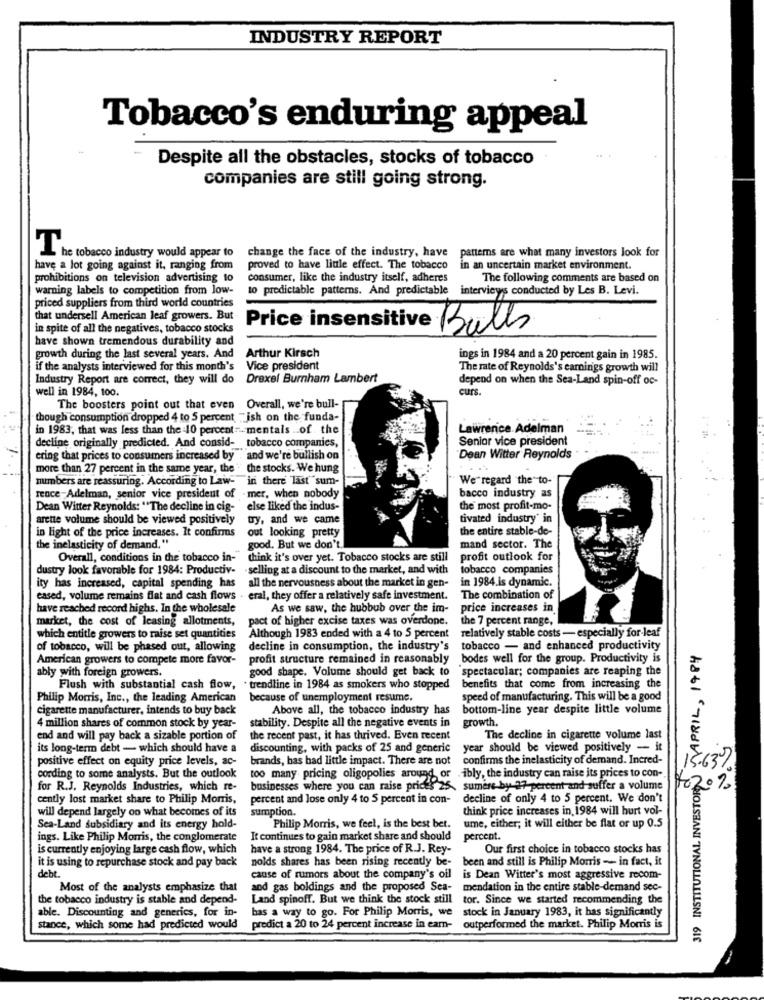
INDUSTRY REPORT
Tobacco's enduring appeal
Despite all the obstacles, stocks of tobacco
companies are still going strong.
patterns are what many investors look for
L he tobacco industry would appear to
change the face of the industry, have
have a lot going against it, ranging from
proved to have little effect. The tobacco
in an uncertain market environment.
prohibitions on television advertising to
consumer, like the industry itself, adheres
The following comments are based on
warning labels to competition from low-
to predictable patterns. And predictable
interviews conducted by Les B. Levi.
priced suppliers from third world countries
that undersell American leaf growers. But
in spite of all the negatives, tobacco stocks
Price insensitive Bulls
have shown tremendous durability and
growth during the last several years. And
Arthur Kirsch
ings in 1984 and a 20 percent gain in 1985.
if the analysts interviewed for this month's
Vice president
The rate of Reynolds's earnings growth will
Industry Report are correct, they will do
Drexel Burnham Lambert
depend on when the Sea-Land spin-off oc-
well in 1984, 100.
curs.
The boosters point out that even Overall, we're bull-
though consumption dropped 4 to 5 percent "ish on the funda-
in 1983, that was less than the -10 percent -.. mentais .. of the
Lawrence. Adelman
decline originally predicted. And consid- tobacco companies,
Senior vice president
ering that prices to consumers increased by . and we're bullish on
Dean Witter Reynolds
more than 27 percent in the same year, the " the stocks. We hung
numbers are reassuring. According to Law-
in there last sum-
We'regard the to-
bacco industry as
rence-Adelman, senior vice president of
mer, when nobody
Dean Witter Reynolds: "The decline in cig-
else liked the indus-
the most profit-mo-
arette volume should be viewed positively
try, and we came
tivated industry' in
in light of the price increases. It confirms
the entire stable-de-
out looking pretty
the inelasticity of demand."
good. But we don't.
mand sector. The
Overall, conditions in the tobacco in-"
think it's over yet. Tobacco stocks are still
profit outlook for
dustry look favorable for 1984: Productiv-
-selling at a discount to the market, and with
tobacco companies
all the nervousness about the market in gen-
in 1984.is dynamic.
ity has increased, capital spending has
eased, volume remains flat and cash flows . eral, they offer a relatively safe investment.
The combination of
have reached record highs. In the wholesale
As we saw, the hubbub over the im-
price increases in
market, the cost of leasing allotments,
pact of higher excise taxes was overdone.
the 7 percent range,
which entitle growers to raise set quantities
Although 1983 ended with a 4 to 5 percent
relatively stable costs - especially for-leaf
of tobacco, will be phased out, allowing
decline in consumption, the industry's
tobacco - and enhanced productivity
JAPRIL, 1984
American growers to compete more favor-
profit structure remained in reasonably bodes well for the group. Productivity is
good shape. Volume should get back to
spectacular; companies are reaping the
ably with foreign growers.
Flush with substantial cash flow,
· trendline in 1984 as smokers who stopped
benefits that come from increasing the
Philip Morris, Inc ., the leading American
because of unemployment resume.
speed of manufacturing. This will be a good
cigarette manufacturer, intends to buy back
Above all, the tobacco industry has
bottom-line year despite little volume
growth.
4 million shares of common stock by year-
stability. Despite all the negative events in
end and will pay back a sizable portion of
the recent past, it has thrived. Even recent
The decline in cigarette volume last
its long-term debt - which should have a
discounting, with packs of 25 and generic
year should be viewed positively - it
319 INSTITUTIONAL INVESTORS
positive effect on equity price levels, ac-
brands, has had little impact. There are not
confirms the inelasticity of demand. Incred-
cording to some analysts. But the outlook
too many pricing oligopolies around or
ibly, the industry can raise its prices to con-
for R.J. Reynolds Industries, which re-
businesses where you can raise prices 25 ,, sumere by 37 percent and suffer a volume
020%
cently lost market share to Philip Morris,
percent and lose only 4 to 5 percent in con-
decline of only 4 to 5 percent. We don't
will depend largely on what becomes of its
sumption.
think price increases in, 1984 will hurt vol-
Sea-Land subsidiary and its energy hold-
Philip Morris, we feel, is the best bet.
ume, either; it will either be flat or up 0.5
ings. Like Philip Morris, the conglomerate
It continues to gain market share and should
percent.
is currently enjoying large cash flow, which
have a strong 1984. The price of R.J. Rey-
Our first choice in tobacco stocks has
it is using to repurchase stock and pay back
been and still is Philip Morris - in fact, it
deb .
nolds shares has been rising recently be-
cause of rumors about the company's ofl
is Dean Witter's most aggressive recom-
Most of the analysts emphasize that
and gas boldings and the proposed Sea-
mendation in the entire stable-demand sec-
the tobacco industry is stable and depend-
Land spinoff. But we think the stock still
tor. Since we started recommending the
able. Discounting and generics, for in-
bas a way to go. For Philip Morris, we
stock in January 1983, it has significantly
stance, which some had predicted would
predict a 20 to 24 percent increase in ear-
outperformed the market. Philip Morris is